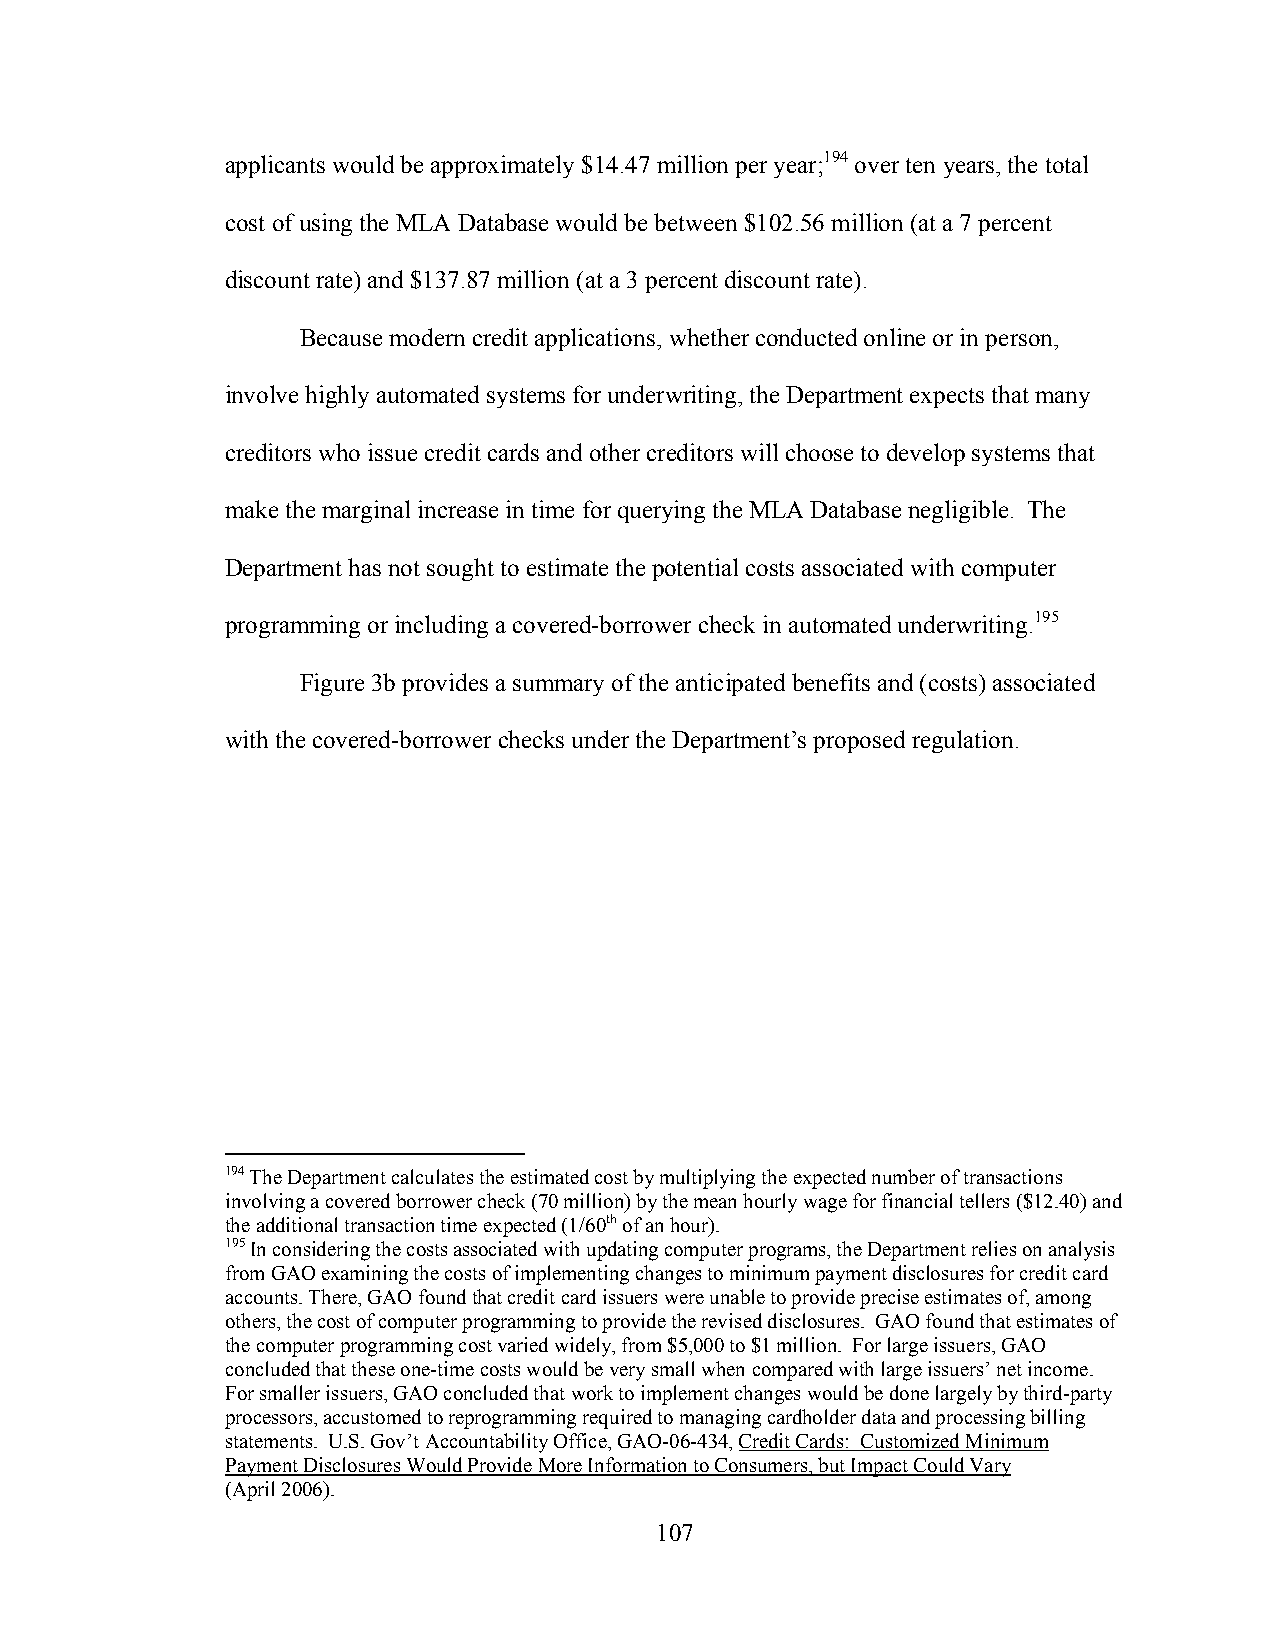
applicants would be approximately $14.47 million per year;194 over ten years, the total
 cost of using the MLA Database would be between $102.56 million (at a 7 percent
 discount rate) and $137.87 million (at a 3 percent discount rate).
 Because modern credit applications, whether conducted online or in person,
 involve highly automated systems for underwriting, the Department expects that many
 creditors who issue credit cards and other creditors will choose to develop systems that
 make the marginal increase in time for querying the MLA Database negligible. The
 Department has not sought to estimate the potential costs associated with computer
 programming or including a covered-borrower check in automated underwriting.195
 Figure 3b provides a summary of the anticipated benefits and (costs) associated
 with the covered-borrower checks under the Department’s proposed regulation.
 194 The Department calculates the estimated cost by multiplying the expected number of transactions
 involving a covered borrower check (70 million) by the mean hourly wage for financial tellers ($12.40) and
 the additional transaction time expected (1/60th of an hour).
 195 In considering the costs associated with updating computer programs, the Department relies on analysis
 from GAO examining the costs of implementing changes to minimum payment disclosures for credit card
 accounts. There, GAO found that credit card issuers were unable to provide precise estimates of, among
 others, the cost of computer programming to provide the revised disclosures. GAO found that estimates of
 the computer programming cost varied widely, from $5,000 to $1 million. For large issuers, GAO
 concluded that these one-time costs would be very small when compared with large issuers’ net income.
 For smaller issuers, GAO concluded that work to implement changes would be done largely by third-party
 processors, accustomed to reprogramming required to managing cardholder data and processing billing
 statements. U.S. Gov’t Accountability Office, GAO-06-434, Credit Cards: Customized Minimum
 Payment Disclosures Would Provide More Information to Consumers, but Impact Could Vary
 (April 2006).
 107